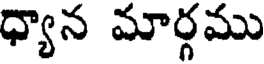
ధ్యాన మార్గము